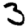
Digit: 3